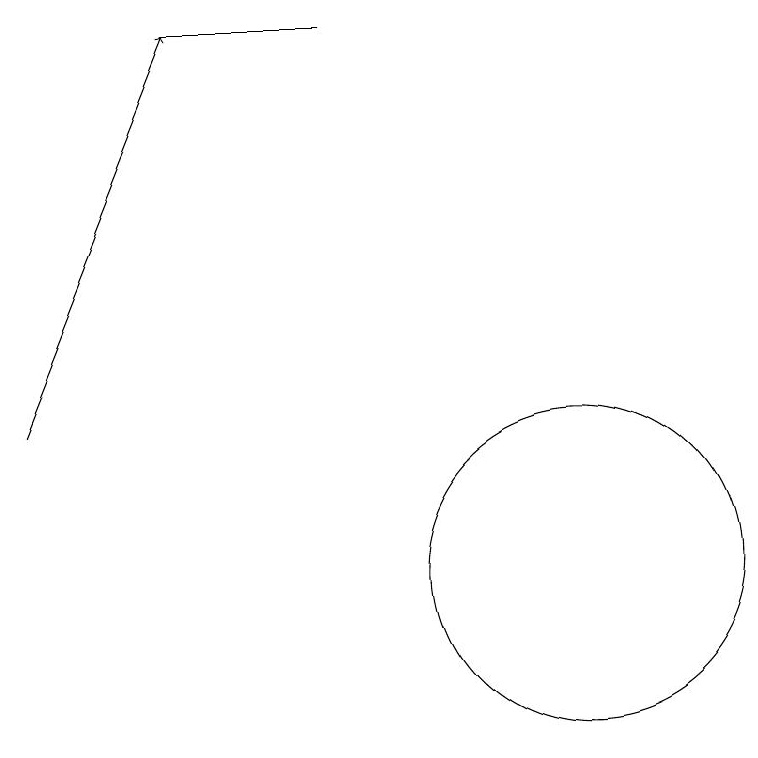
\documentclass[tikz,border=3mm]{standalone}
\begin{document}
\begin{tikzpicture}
\draw (8,17) rectangle (6,17);
\draw (11,10) circle (2);
\draw[->] (4,12) -- (6,17);
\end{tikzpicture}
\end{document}